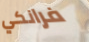
فرانكي